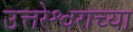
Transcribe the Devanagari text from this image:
उत्तरेश्वराच्या